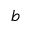
b